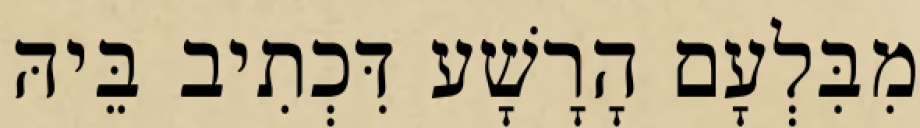
מִבִּלְעָם הָרָשָׁע דִּכְתִיב בֵּיהּ